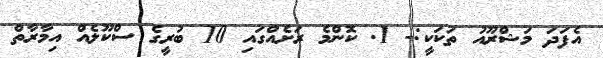
އެފަދަ މަޝްރޫއު ތަކަކީ:- 1. ކޮންމެ ރަށެއްގައި 10 ބުރީގެ ސްކޫލެއް އިމާރާތް